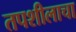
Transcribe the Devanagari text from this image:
तपशीलाचा